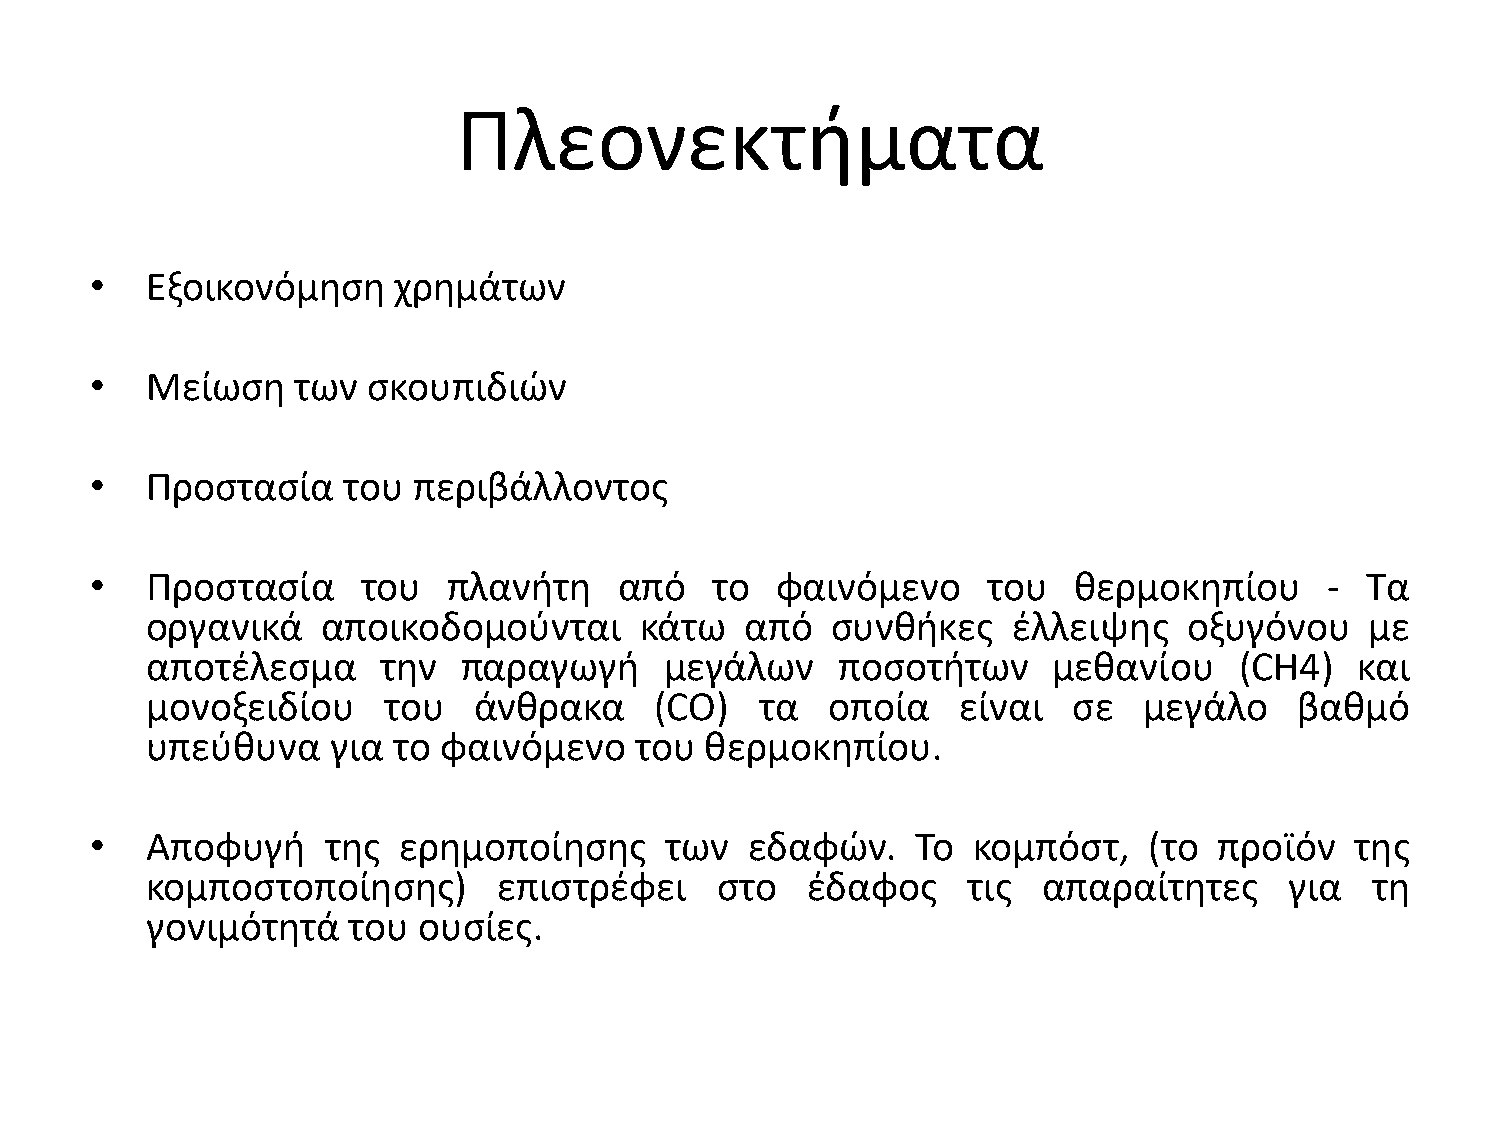
Πλεονεκτιματα
 •   Εξοικονόμθςθ    χρθμάτων
 •   Μείωςθ    των ςκουπιδιϊν
 •   Προςταςία    του περιβάλλοντοσ
 •   Προςταςία     του   πλανιτθ    από   το  φαινόμενο     του   κερμοκθπίου      - Σα
 οργανικά   αποικοδομοφνται      κάτω   από   ςυνκικεσ    ζλλειψθσ    οξυγόνου    με
 αποτζλεςμα     τθν   παραγωγι     μεγάλων    ποςοτιτων      μεκανίου    (CH4)   και
 μονοξειδίου    του   άνκρακα     (CO)   τα   οποία    είναι  ςε   μεγάλο    βακμό
 υπεφκυνα    για το φαινόμενο    του  κερμοκθπίου.
 •   Αποφυγι     τθσ ερθμοποίθςθσ      των  εδαφϊν.     Σο κομπόςτ,    (το  προϊόν   τθσ
 κομποςτοποίθςθσ)       επιςτρζφει    ςτο   ζδαφοσ     τισ  απαραίτθτεσ     για   τθ
 γονιμότθτά   του  ουςίεσ.